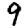
Digit: 9